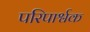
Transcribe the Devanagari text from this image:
परिपार्श्वक